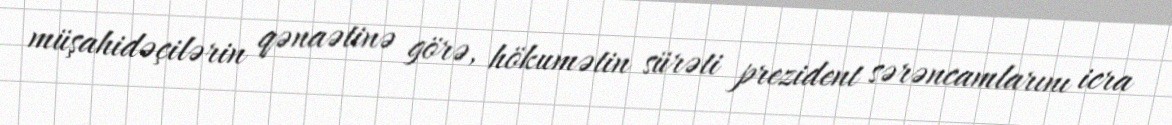
müşahidəçilərin qənaətinə görə, hökumətin sürəti prezident sərəncamlarını icra